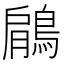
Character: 鵳